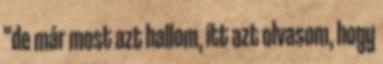
"de már most azt hallom, itt azt olvasom, hogy